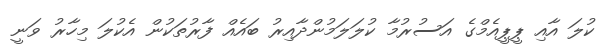
ކުލަ އާއި ޕީޕީއެމްގެ އަސުރުމާ ކުލަލަމުންދާއިރު ބައެއް ފާރުތަކުން އެކުލަ މިހާރު ވަނީ